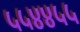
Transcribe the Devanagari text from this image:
५५४४५५